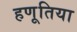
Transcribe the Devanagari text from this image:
हणूतिया